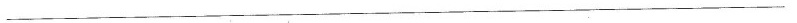
___